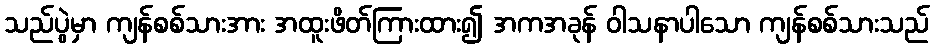
သည်ပွဲမှာ ကျန်စစ်သားအား အထူးဖိတ်ကြားထား၍ အကအခုန် ဝါသနာပါသော ကျန်စစ်သားသည်